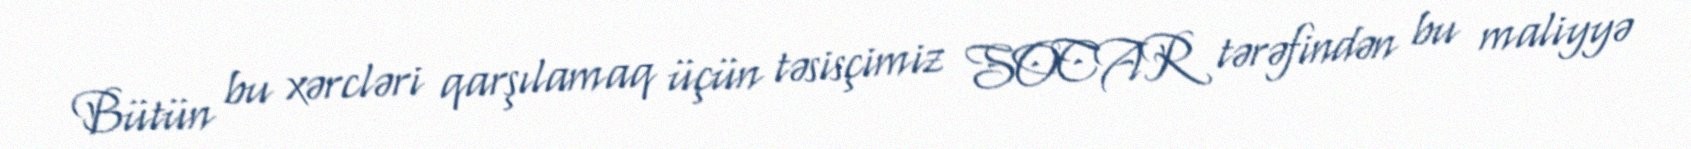
Bütün bu xərcləri qarşılamaq üçün təsisçimiz SOCAR tərəfindən bu maliyyə